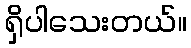
ရှိပါသေးတယ်။